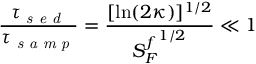
\frac { \tau _ { \textit { s e d } } } { \tau _ { \textit { s a m p } } } = \frac { [ \ln ( 2 \kappa ) ] ^ { 1 / 2 } } { { S _ { F } ^ { f } } ^ { 1 / 2 } } \ll 1